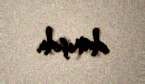
danışdı.